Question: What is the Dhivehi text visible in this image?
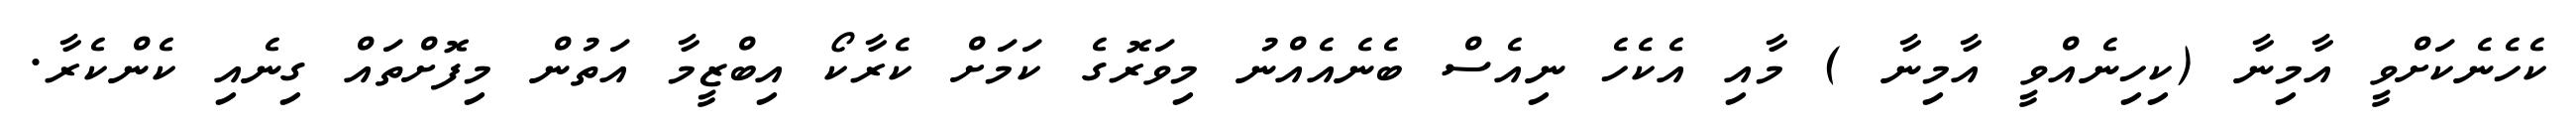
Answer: ކެހެނެކަށްވީ އާމިނާ (ކިހިނެއްވީ އާމިނާ ) މާއި އެކެހެ ނިއެސް ބެނެއެއްނު މިވަރޮގެ ކަމަށް ކެރާކޯ އިބްޒީމާ އަތުން މިފޮށްތައް ގިނެއި ކެންކެރާ.